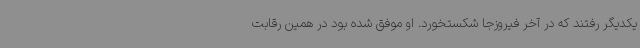
یکدیگر رفتند که در آخر فیروزجا شکستخورد. او موفق شده بود در همین رقابت